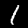
Label: 1